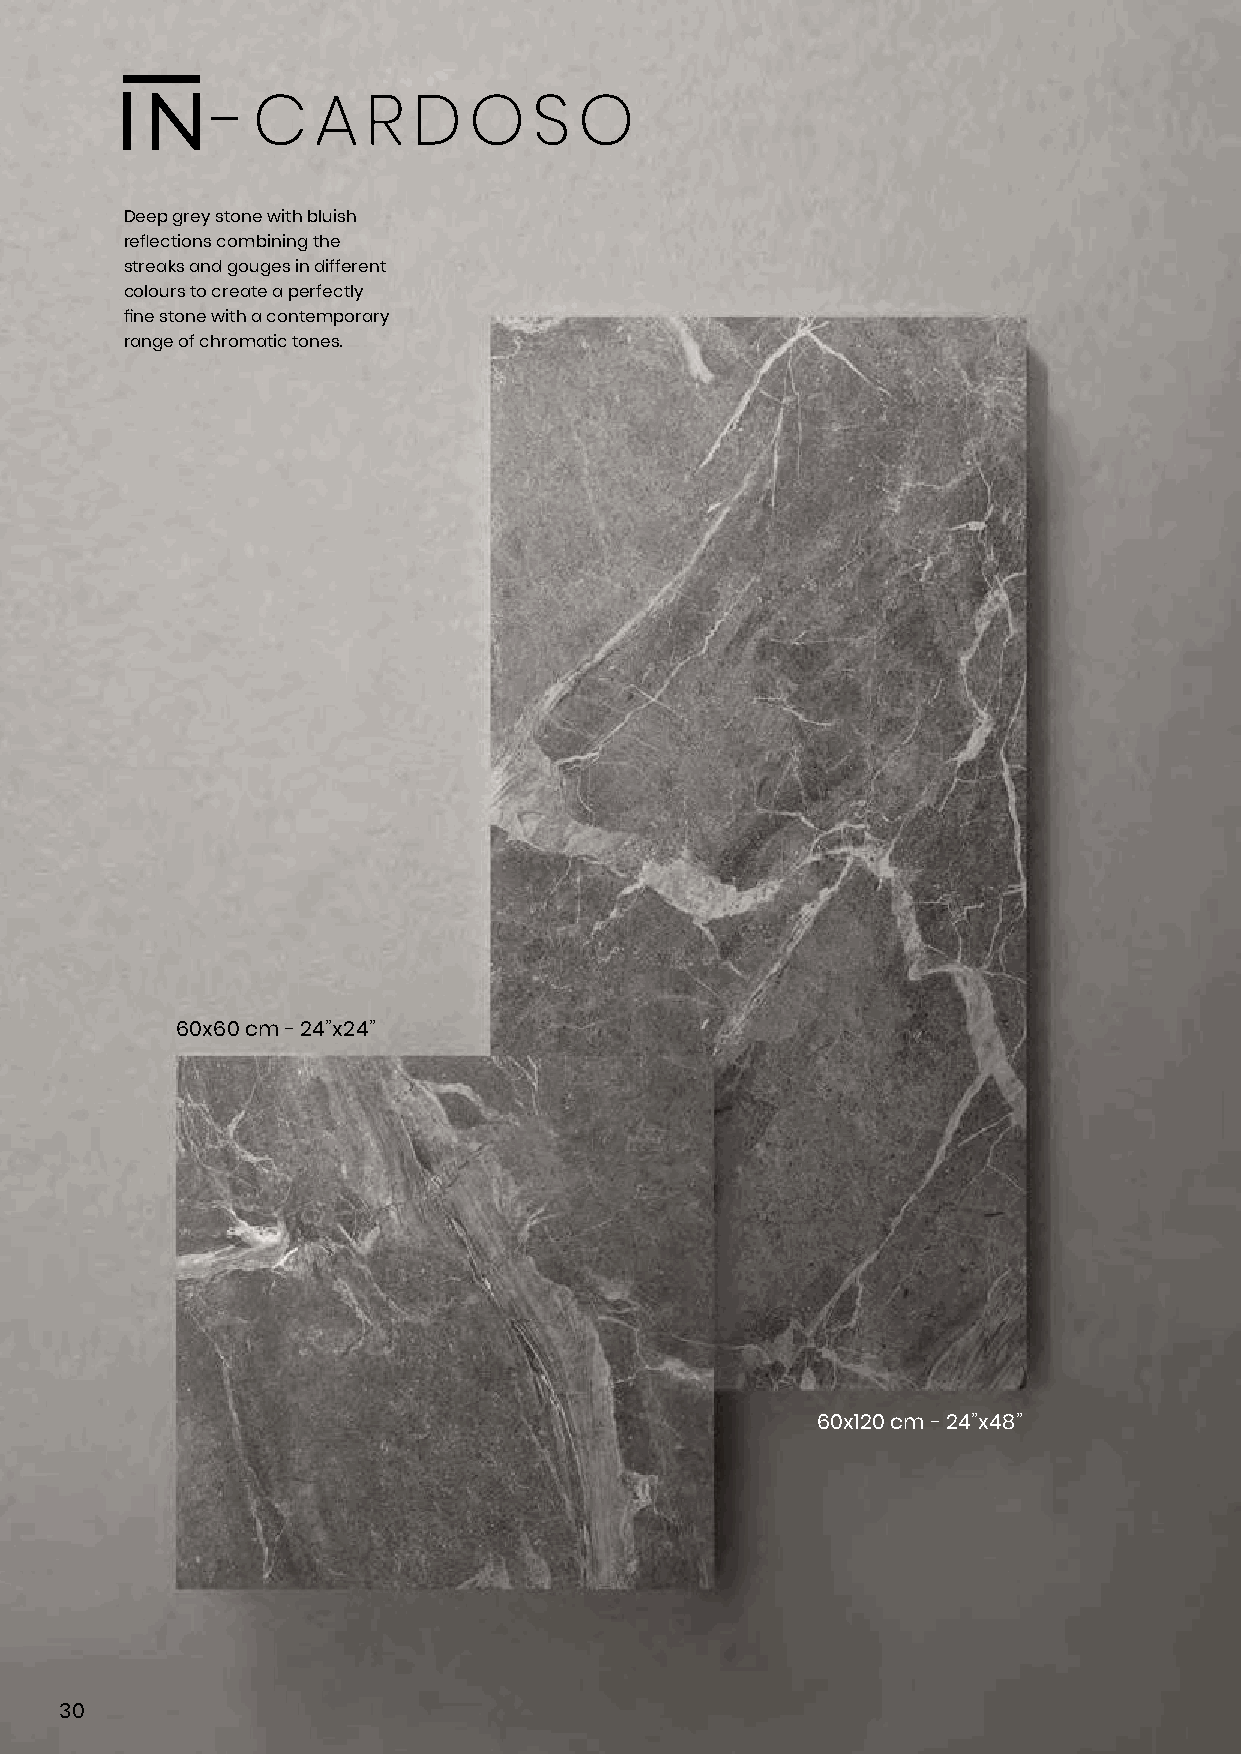
-  C   A  R  D   O   S  O
 Deep grey stone with bluish
 reflections combining the
 streaks and gouges in different
 colours to create a perfectly
 fine stone with a contemporary
 range of chromatic tones.
 60x60 cm - 24”x24”
 60x120 cm - 24”x48”
 30